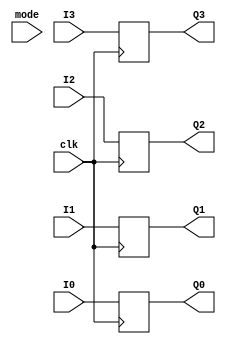
module tf_block(clk, mode,
					 I0, I1, I2, I3,
					 Q0, Q1, Q2, Q3);
					 
input [15:0] I0;
input [15:0] I1;
input [15:0] I2;
input [15:0] I3;
input clk;
input [1:0] mode;

output reg [15:0] Q0;
output reg [15:0] Q1;
output reg [15:0] Q2;
output reg [15:0] Q3;

always @(posedge clk) begin
	Q0 <= I0;
	Q1 <= I1;
	Q2 <= I2;
	Q3 <= I3;
end


endmodule